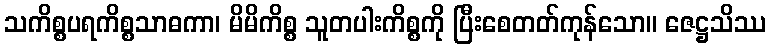
သကိစ္စပရကိစ္စသာဓကာ၊ မိမိကိစ္စ သူတပါးကိစ္စကို ပြီးစေတတ်ကုန်သော။ ဇေဋ္ဌသိဿ